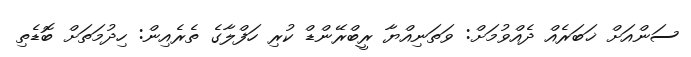
ސަންއަށް ޚަބަރެއް ދެއްވުމަށް: ވަތަނިއްޔާ ރީބްރޭންޑް ކުރި ހަފްލާގެ ތެރެއިން: ހިދުމަތަށް ބޮޑެތި